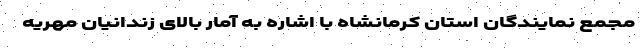
مجمع نمایندگان استان کرمانشاه با اشاره به آمار بالای زندانیان مهریه